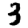
Digit: 3